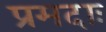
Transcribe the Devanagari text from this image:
प्रमदाः